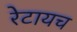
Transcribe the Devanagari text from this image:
रेटायच